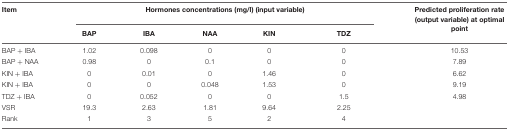
| Item | <COLSPAN=5> Hormones concentrations (mg/l) (input variable) | Predicted proliferation rate (output variable) at optimal point |
 |  | BAP | IBA | NAA | KIN | TDZ |  |
 | --- | --- | --- | --- | --- | --- | --- |
 | BAP + IBA | 1.02 | 0.098 | 0 | 0 | 0 | 10.53 |
 | BAP + NAA | 0.98 | 0 | 0.1 | 0 | 0 | 7.89 |
 | KIN + IBA | 0 | 0.01 | 0 | 1.46 | 0 | 6.62 |
 | KIN + IBA | 0 | 0 | 0.048 | 1.53 | 0 | 9.19 |
 | TDZ + IBA | 0 | 0.052 | 0 | 0 | 1.5 | 4.98 |
 | VSR | 19.3 | 2.63 | 1.81 | 9.64 | 2.25 |  |
 | Rank | 1 | 3 | 5 | 2 | 4 |  |